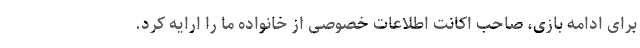
برای ادامه بازی، صاحب اکانت اطلاعات خصوصی از خانواده ما را ارایه کرد.